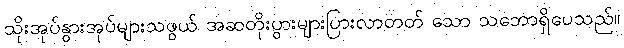
သိုးအုပ်နွားအုပ်များသဖွယ် အဆတိုးပွားများပြားလာတတ် သော သဘောရှိပေသည်။